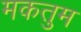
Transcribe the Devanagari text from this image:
मकतुम